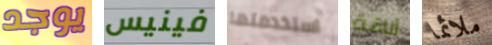
يوجد فينيس استخدمتها أناقة ملائما